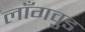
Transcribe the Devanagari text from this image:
लाँगवुड